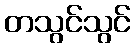
တသွင်သွင်